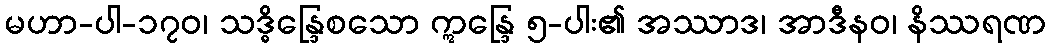
မဟာ-ပါ-၁၇၀၊ သဒ္ဓိန္ဒြေစသော ဣန္ဒြေ ၅-ပါး၏ အဿာဒ၊ အာဒီနဝ၊ နိဿရဏ